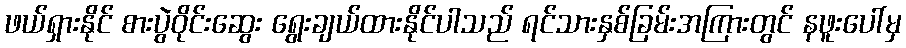
ဖယ်ရှားနိုင် စားပွဲဝိုင်းဆွေး ရွေးချယ်ထားနိုင်ပါသည် ရင်သားနှစ်ခြမ်းအကြားတွင် နဖူးပေါ်မှ